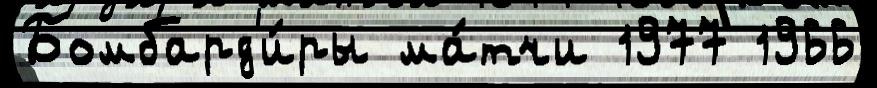
Бомбард'и́ры ма́тчи 1977 1966